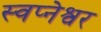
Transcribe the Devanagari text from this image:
स्वप्नेश्वर